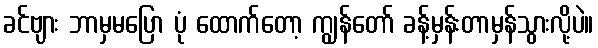
ခင်ဗျား ဘာမှမပြော ပုံ ထောက်တော့ ကျွန်တော် ခန့်မှန်းတာမှန်သွားလို့ပဲ။